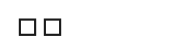
٢٨